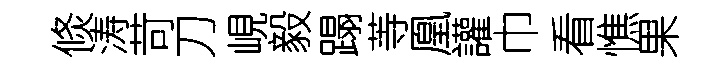
倐涛苛刀峴毅蹋䓁凰讙巾看憔果